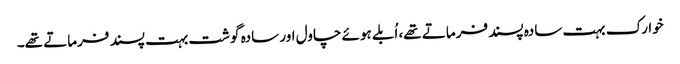
خوارک بہت سادہ پسند فرماتے تھے، اُبلے ہوئے چاول اور سادہ گوشت بہت پسند فرماتے تھے۔